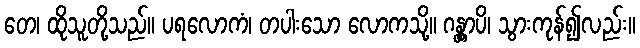
တေ၊ ထိုသူတို့သည်။ ပရလောကံ၊ တပါးသော လောကသို့။ ဂန္တွာပိ၊ သွားကုန်၍လည်း။